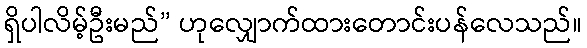
ရှိပါလိမ့်ဦးမည်” ဟုလျှောက်ထားတောင်းပန်လေသည်။